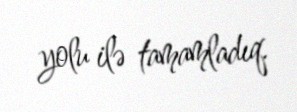
yolu ilə tamamladıq.